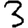
Digit: 3